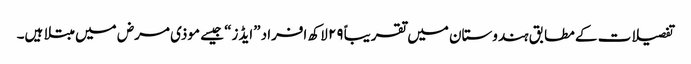
تفصیلات کے مطابق ہندوستان میں تقریباً ۲۹ لاکھ افراد ”ایڈز“ جیسے موذی مرض میں مبتلا ہیں۔